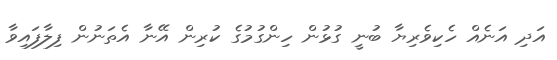
އަދި އަނެއް ހެކިވެރިޔާ ބުނީ ގުޅުން ހިންގުމުގެ ކުރިން އޭނާ އެތަނުން ފިލާފައިވާ